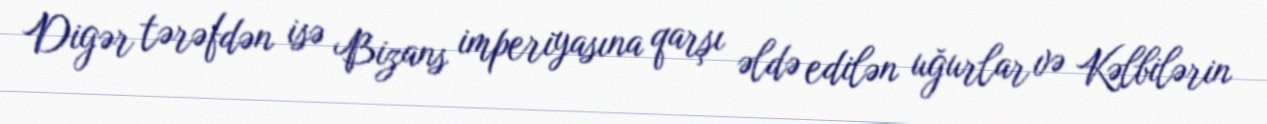
Digər tərəfdən isə Bizans imperiyasına qarşı əldə edilən uğurlar və Kəlbilərin